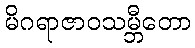
မိဂရာဇာဝသမ္ဘီတော